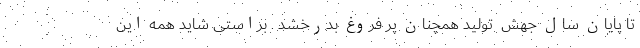
تا پایان سال جهش ِ تولید همچنان پر فروغ بدرخشد . براستی شاید همه این